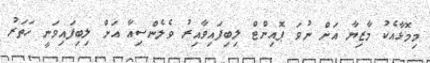
މިމޮޅާއެކު މާޒިޔާ އަށް ނުވަ ޕޮއިންޓް ލިބިފައިވާއިރު ވެލެންސިއާ އަށް ލިބިފައިވަނީ ހަތަރު